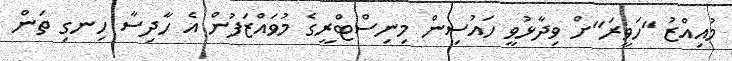
މުއިއްޒު "ހަވީރަ"ށް ވިދާޅުވީ ހައުސިން މިނިސްޓްރީގެ މުވައްޒަފުން އެ ހާދިސާ ހިނގި ތަން